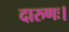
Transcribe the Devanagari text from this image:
दारुणः।